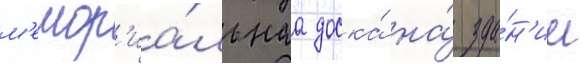
м'емор'иа́льнаа доска́ на́ зда́н'ии